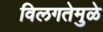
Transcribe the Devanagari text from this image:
विलगतेमुळे